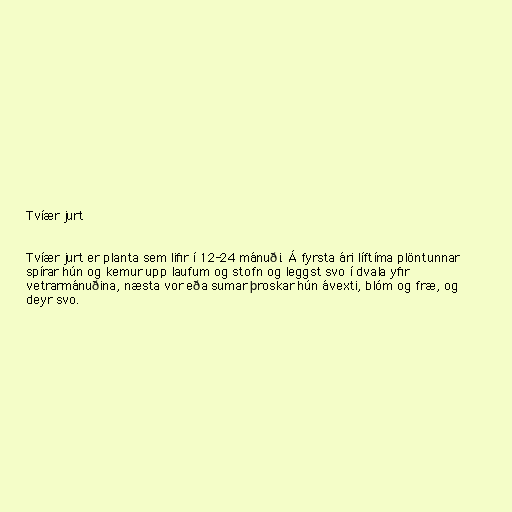
Tvíær jurt

Tvíær jurt er planta sem lifir í 12-24 mánuði. Á fyrsta ári líftíma plöntunnar
spírar hún og kemur upp laufum og stofn og leggst svo í dvala yfir
vetrarmánuðina, næsta vor eða sumar þroskar hún ávexti, blóm og fræ, og
deyr svo.